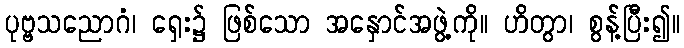
ပုဗ္ဗသညောဂံ၊ ရှေး၌ ဖြစ်သော အနှောင်အဖွဲ့ကို။ ဟိတွာ၊ စွန့်ပြီး၍။